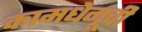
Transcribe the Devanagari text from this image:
कामधेनूची